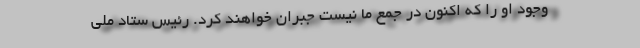
وجود او را که اکنون در جمع ما نیست جبران خواهند کرد. رئیس ستاد ملی